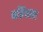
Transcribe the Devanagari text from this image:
बर्डिचला